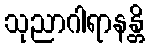
သုညာဂါရာနန္တိ